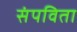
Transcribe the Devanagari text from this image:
संपविता